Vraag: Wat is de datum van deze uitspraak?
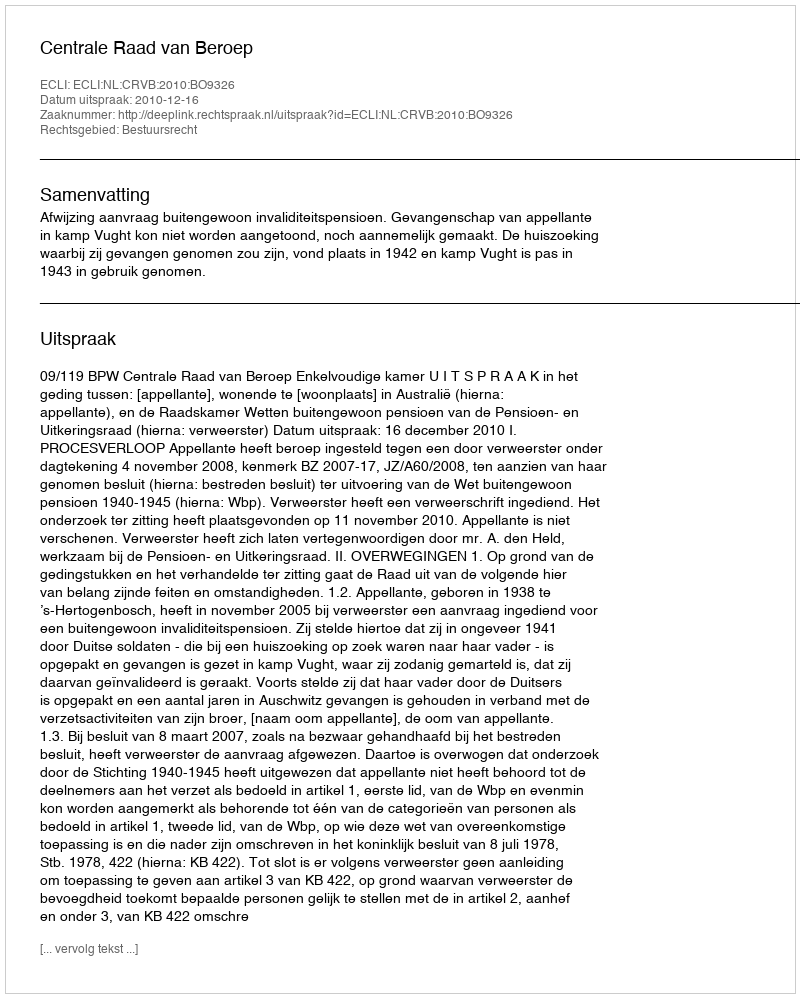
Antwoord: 2010-12-16